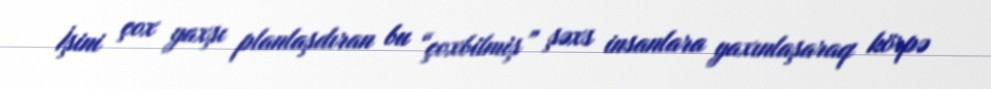
İşini çox yaxşı planlaşdıran bu “çoxbilmiş” şəxs insanlara yaxınlaşaraq körpə